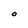
Character: O